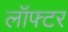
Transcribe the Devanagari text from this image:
लॉफ्टर